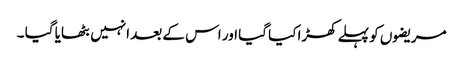
مریضوں کو پہلے کھڑا کیا گیا اور اس کے بعد انہیں بٹھایا گیا ۔